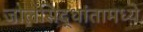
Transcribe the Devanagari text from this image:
जालसिद्धांतामध्ये